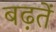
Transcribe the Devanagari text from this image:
बढ़तें